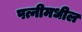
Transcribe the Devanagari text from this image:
पत्नीमधील